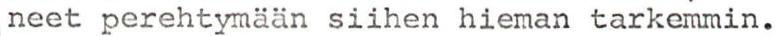
neet perehtymään siihen hieman tarkemmin.